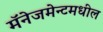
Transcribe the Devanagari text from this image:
मॅनेजमेन्टमधील